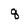
Character: q